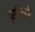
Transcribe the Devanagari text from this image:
प्रणिगदति